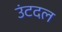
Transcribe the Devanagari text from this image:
उंटदल